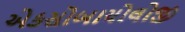
એકસોબાયોલોજી